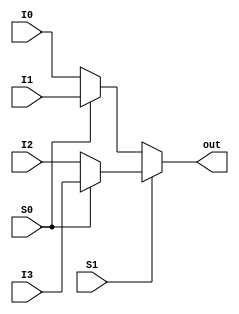

// dataflow logical 4to1mux
/*
module MUX4_to_1(
 output wire out,
 input  wire I0, I1, I2, I3,
 input  wire S1, S0 
 );

 assign out = (~S1 & ~S0 & I0) | (~S1 & S0 * I1) | (S1 & ~S0 & I2) | (S1 & S0 & I3);

endmodule
*/


// dataflow contditional 4to1mux
///*
module MUX4_to_1 (
 output wire out,
 input  wire I0, I1, I2, I3,
 input  wire S1, S0
);

 assign out = S1 ? (S0 ? I3 : I2) : (S0 ? I1 : I0);

endmodule
//*/